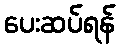
ပေးဆပ်ရန်